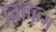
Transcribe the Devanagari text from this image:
ब्रिफिंग